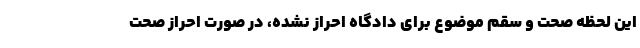
این لحظه صحت و سقم موضوع برای دادگاه احراز نشده، در صورت احراز صحت